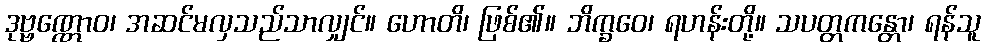
ဒုဗ္ဗဏ္ဏောဝ၊ အဆင်မလှသည်သာလျှင်။ ဟောတိ၊ ဖြစ်၏။ ဘိက္ခဝေ၊ ရဟန်းတို့။ သပတ္တကန္တော၊ ရန်သူ